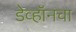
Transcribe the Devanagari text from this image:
डेव्हॉनचा